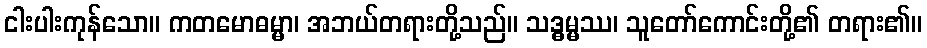
ငါးပါးကုန်သော။ ကတမောဓမ္မာ၊ အဘယ်တရားတို့သည်။ သဒ္ဓမ္မဿ၊ သူတော်ကောင်းတို့၏ တရား၏။